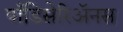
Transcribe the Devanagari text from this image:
पाँडिसेरिॲनस